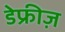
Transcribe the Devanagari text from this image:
डेफ्रीज़